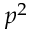
p ^ { 2 }